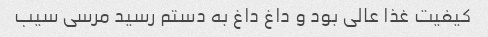
کیفیت غذا عالی بود و داغ داغ به دستم رسید مرسی سیب